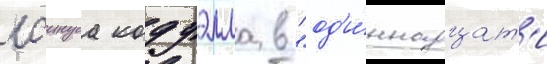
лаинуса кодуэлла в "од'и́ннадцат'и